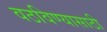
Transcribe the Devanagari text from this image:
वठविण्यासाठी